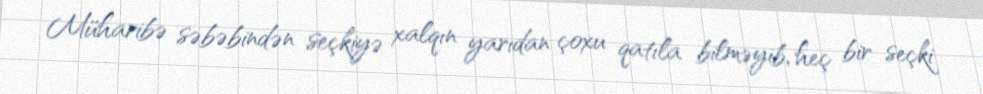
Müharibə səbəbindən seçkiyə xalqın yarıdan çoxu qatıla bilməyib, heç bir seçki